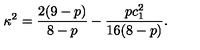
\kappa ^ { 2 } = \frac { 2 ( 9 - p ) } { 8 - p } - \frac { p c _ { 1 } ^ { 2 } } { 1 6 ( 8 - p ) } .